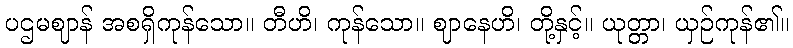
ပဌမဈာန် အစရှိကုန်သော။ တီဟိ၊ ကုန်သော။ ဈာနေဟိ၊ တို့နှင့်။ ယုတ္တာ၊ ယှဉ်ကုန်၏။